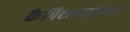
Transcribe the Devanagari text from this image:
कैपिटलाइज़ेशन